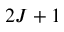
2 J + 1